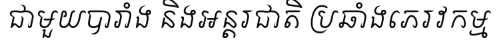
ជាមួយបារាំង និងអន្តរជាតិ ប្រឆាំងភេរវកម្ម